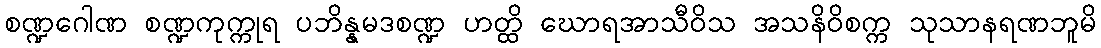
စဏ္ဍဂေါဏ စဏ္ဍကုက္ကုရ ပဘိန္နမဒစဏ္ဍ ဟတ္ထိ ဃောရအာသီဝိသ အသနိဝိစက္က သုသာနရဏဘူမိ